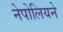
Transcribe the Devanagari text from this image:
नेपोलियने